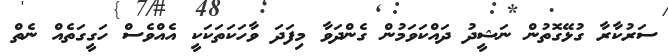
ސަރުކާރާ ގުޅޭގޮތުން ނަޝީދު ދައްކަވަމުން ގެންދަވާ މިފަދަ ވާހަކަތަކަކީ އެއްވެސް ހަގީގަތެއް ނެތް